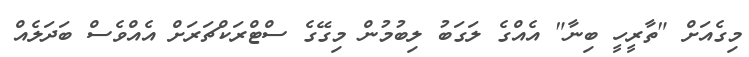
މިގެއަށް "ތާރީހީ ބިނާ" އެއްގެ ލަގަބު ލިބުމުން މިގޭގެ ސްޓްރަކްޗަރަށް އެއްވެސް ބަދަލެއް